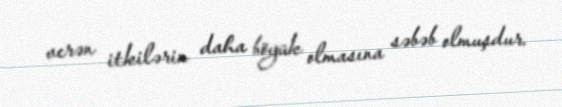
verən itkilərin daha böyük olmasına səbəb olmuşdur.